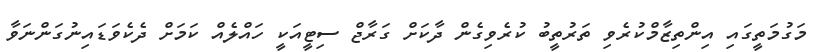
މަގުމަތީގައި އިންތިޒާމްކުރެވި ތަރުތީބު ކުރެވިގެން ދާކަށް ގަރާޖް ސިޓީއަކީ ހައްލެއް ކަމަށް ދެކެވަޑައިނުގަންނަވާ